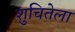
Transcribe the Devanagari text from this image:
शुचितेला